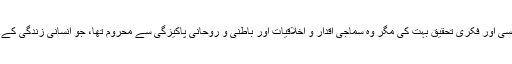
گو مغرب نے سائنسی اور فکری تحقیق بہت کی مگر وہ سماجی اقدار و اخلاقیات اور باطنی و روحانی پاکیزگی سے محروم تھا، جو انسانی زندگی کے لیے ضروری ہیں۔